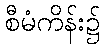
စီမံကိန်း၌